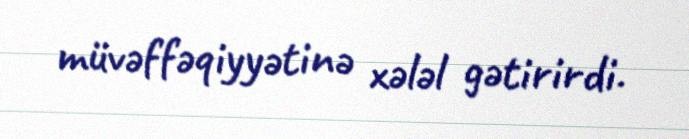
müvəffəqiyyətinə xələl gətirirdi.